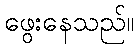
ဖွေးနေသည်။